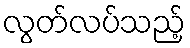
လွတ်လပ်သည့်